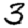
Digit: 3